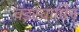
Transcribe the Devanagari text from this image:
चंडस्वामिन्